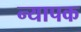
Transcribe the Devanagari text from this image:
न्यापक